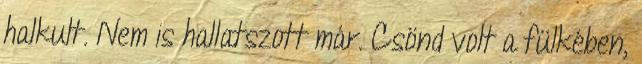
halkult. Nem is hallatszott már. Csönd volt a fülkében,